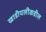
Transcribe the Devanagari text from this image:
खाडीपलीकडील